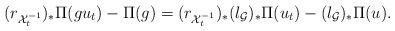
LaTeX: \begin{align*}(r_{\mathcal{X}^{-1}_t})_* \Pi ( g u_t) - \Pi(g) = (r_{\mathcal{X}^{-1}_t})_* (l_{ \mathcal{G}})_* \Pi(u_t) - (l_{\mathcal{G}})_* \Pi (u).\end{align*}